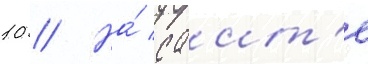
10 // На́ саит'е